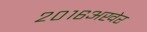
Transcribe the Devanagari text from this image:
२०१६अखेर